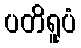
ပတိရူပံ